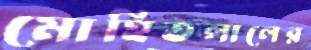
মোহিতলালের